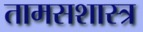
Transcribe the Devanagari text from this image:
तामसशास्त्र